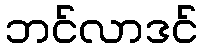
ဘင်လာဒင်